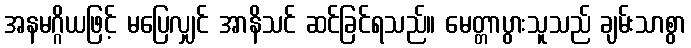
အနမဂ္ဂိယဖြင့် မပြေလျှင် အာနိသင် ဆင်ခြင်ရသည်။ မေတ္တာပွားသူသည် ချမ်းသာစွာ